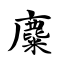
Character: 麋